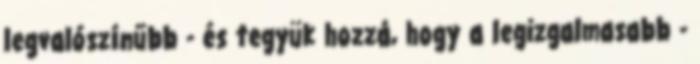
legvalószínűbb - és tegyük hozzá, hogy a legizgalmasabb -